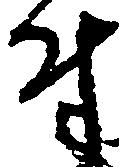
付